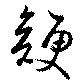
鯁